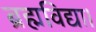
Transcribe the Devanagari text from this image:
ब्रह्मविद्या।